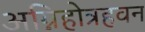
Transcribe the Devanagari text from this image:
अग्निहोत्रहवन